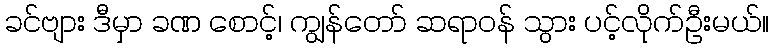
ခင်ဗျား ဒီမှာ ခဏ စောင့်၊ ကျွန်တော် ဆရာဝန် သွား ပင့်လိုက်ဦးမယ်။